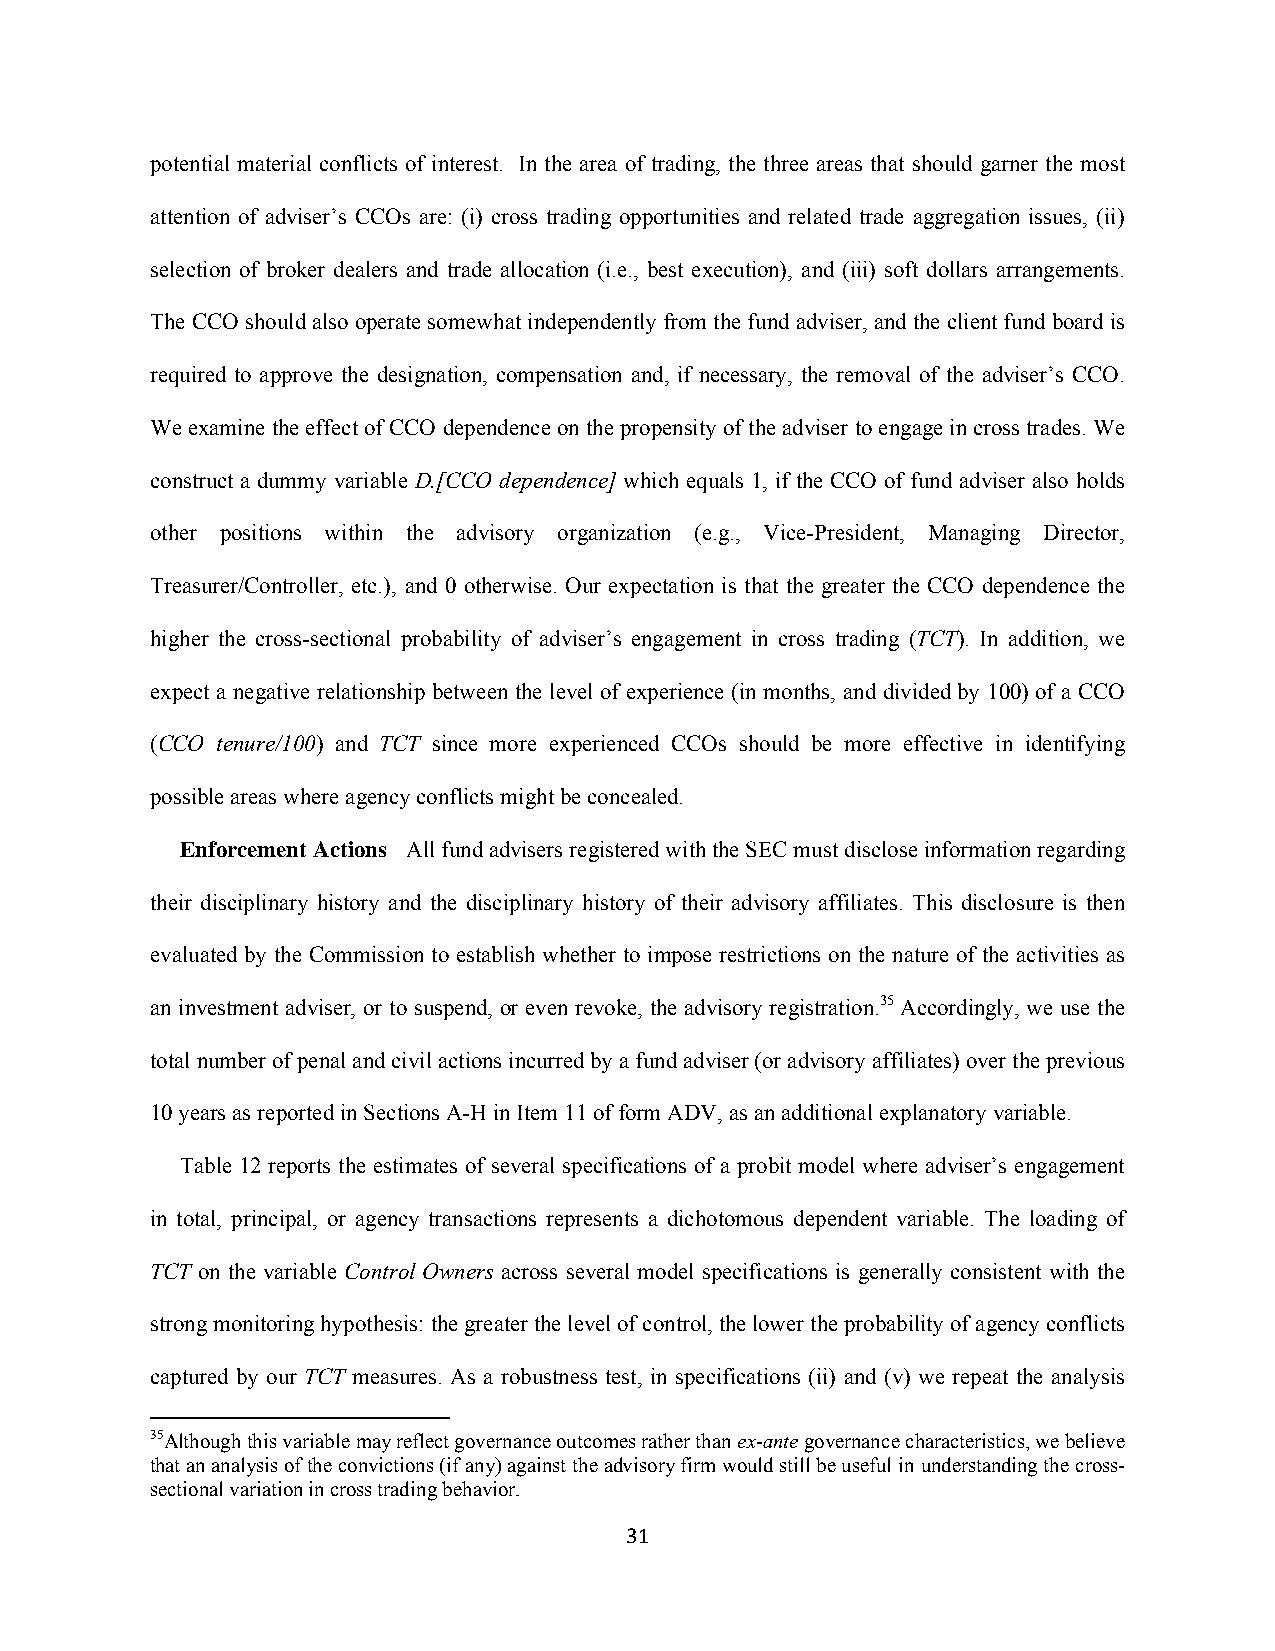
potential material conflicts of interest. In the area of trading, the three areas that should garner the most
 attention of adviser’s CCOs are: (i) cross trading opportunities and related trade aggregation issues, (ii)
 selection of broker dealers and trade allocation (i.e., best execution), and (iii) soft dollars arrangements.
 The CCO should also operate somewhat independently from the fund adviser, and the client fund board is
 required to approve the designation, compensation and, if necessary, the removal of the adviser’s CCO.
 We examine the effect of CCO dependence on the propensity of the adviser to engage in cross trades. We
 construct a dummy variable D.[CCO dependence] which equals 1, if the CCO of fund adviser also holds
 other positions within the advisory organization (e.g., Vice-President, Managing Director,
 Treasurer/Controller, etc.), and 0 otherwise. Our expectation is that the greater the CCO dependence the
 higher the cross-sectional probability of adviser’s engagement in cross trading (TCT). In addition, we
 expect a negative relationship between the level of experience (in months, and divided by 100) of a CCO
 (CCO tenure/100) and TCT since more experienced CCOs should be more effective in identifying
 possible areas where agency conflicts might be concealed.
 Enforcement Actions All fund advisers registered with the SEC must disclose information regarding
 their disciplinary history and the disciplinary history of their advisory affiliates. This disclosure is then
 evaluated by the Commission to establish whether to impose restrictions on the nature of the activities as
 an investment adviser, or to suspend, or even revoke, the advisory registration.35 Accordingly, we use the
 total number of penal and civil actions incurred by a fund adviser (or advisory affiliates) over the previous
 10 years as reported in Sections A-H in Item 11 of form ADV, as an additional explanatory variable.
 Table 12 reports the estimates of several specifications of a probit model where adviser’s engagement
 in total, principal, or agency transactions represents a dichotomous dependent variable. The loading of
 TCT on the variable Control Owners across several model specifications is generally consistent with the
 strong monitoring hypothesis: the greater the level of control, the lower the probability of agency conflicts
 captured by our TCT measures. As a robustness test, in specifications (ii) and (v) we repeat the analysis
 35Although this variable may reflect governance outcomes rather than ex-ante governance characteristics, we believe
 that an analysis of the convictions (if any) against the advisory firm would still be useful in understanding the cross-
 sectional variation in cross trading behavior.
 31